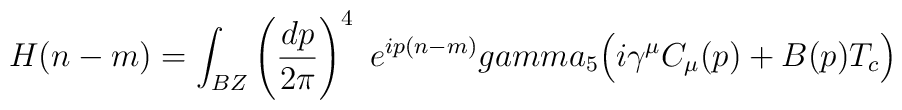
H(n-m)=\int_{BZ}\left({dp\over 2\pi}\right)^4\ e^{ip(n-m)}\\gamma_5\Bigl( i\gamma^\mu C_\mu (p)+B(p)T_c\Bigr)